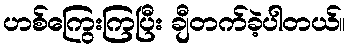
ဟစ်ကြွေးကြပြီး ချီတက်ခဲ့ပါတယ်။